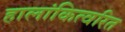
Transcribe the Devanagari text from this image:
हालांकित्वरित